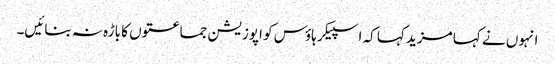
انہوں نے کہا مزید کہا کہ اسپیکر ہاؤس کو اپوزیشن جماعتوں کا باڑہ نہ بنائیں۔